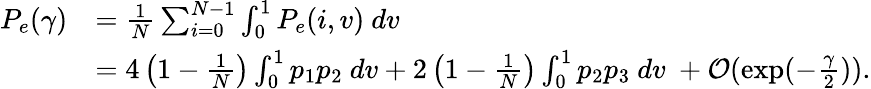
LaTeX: \begin{array}{rl}{P_{e}(\gamma)}&{=\frac{1}{N}\sum_{i=0}^{N-1}\int_{0}^{1}P_{e}(i,v)~dv}\\ &{=4\left(1-\frac{1}{N}\right)\int_{0}^{1}p_{1}p_{2}~dv+2\left(1-\frac{1}{N}\right)\int_{0}^{1}p_{2}p_{3}~dv~+\mathcal{O}(\exp(-\frac{\gamma}{2})).}\end{array}